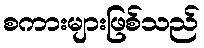
စကားများဖြစ်သည်